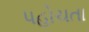
પહોચતા